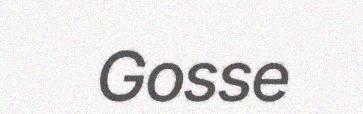
Gosse